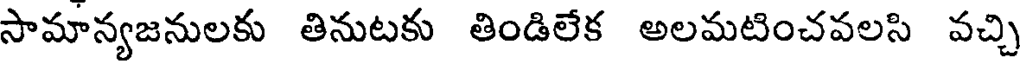
సామాన్యజనులకు తినుటకు తిండిలేక అలమటించవలసి వచ్చి